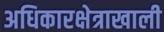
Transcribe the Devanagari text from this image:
अधिकारक्षेत्राखाली